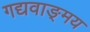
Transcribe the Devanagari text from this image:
गद्यवाङ्‌मय